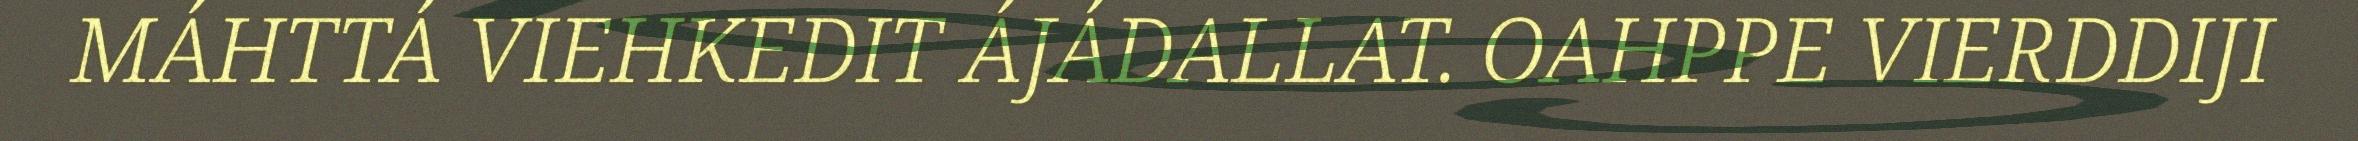
MÁHTTÁ VIEHKEDIT ÁJÁDALLAT. OAHPPE VIERDDIJI